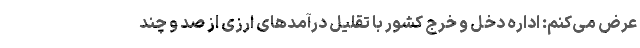
عرض می‌کنم: اداره دخل و خرج کشور با تقلیل درآمدهای ارزی از صد و چند